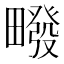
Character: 𰣙